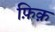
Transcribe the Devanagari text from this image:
फ़िक़